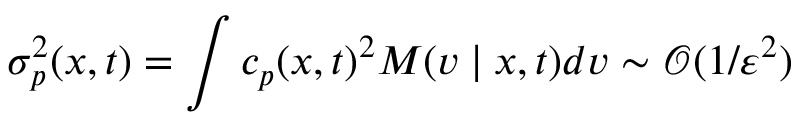
\sigma _ { p } ^ { 2 } ( x , t ) = \int c _ { p } ( x , t ) ^ { 2 } M ( v \mid x , t ) d v \sim \mathcal { O } ( 1 / \varepsilon ^ { 2 } )